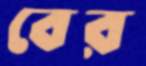
বের